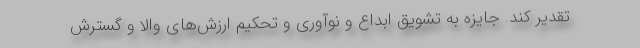
تقدیر کند. جایزه به تشویق ابداع و نوآوری و تحکیم ارزش‌های والا و گسترش